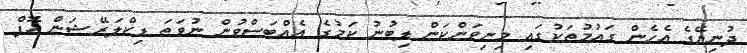
ދުނިޔޭގެ އެހެން ގައުމުތަކުގައި މިނިވަންކަން ލިބުނު ކަމުގެ އެއްބަސްވުން ނުވަތަ ޑިކްލަރޭޝަން އޮފް